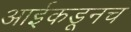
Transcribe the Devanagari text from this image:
आईकडूनच